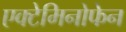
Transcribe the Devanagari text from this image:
एक्टेमिनोफेन